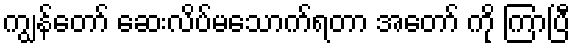
ကျွန်တော် ဆေးလိပ်မသောက်ရတာ အတော် ကို ကြာပြီ